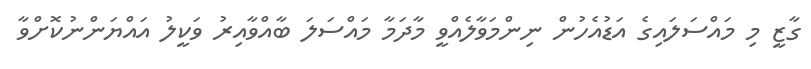
ގާޒީ މި މައްސަލައިގެ އަޑުއެހުން ނިންމަވާލެއްވީ މާދަމާ މައްސަލަ ބާއްވާއިރު ވަކީލު އައްޔަންނުކޮށްވާ